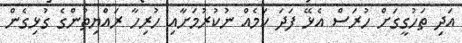
އަދި ތަހުގީގަށް ހުރަސް އެޅޭ ފަދަ ކަމެއް ނުކުރުމަށާއި ހުރިހާ ރައްޔިތުންގެ ގުޅިގެން